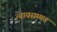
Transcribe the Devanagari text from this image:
न्यायसम्मत